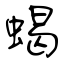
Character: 蝎